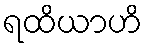
ရထိယာဟိ